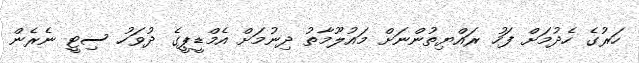
ހަރުގެ ހެދުމަށް ފަހު ރައްޔިިތުންނަށް މައުލޫމާތު ދިނުމަށް އެމްޑީޕީގެ ދުވަހު ސިޓީ ނެރެން